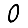
Digit: 0